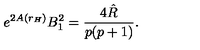
e ^ { 2 A ( r _ { H } ) } B _ { 1 } ^ { 2 } = \frac { 4 \hat { R } } { p ( p + 1 ) } .